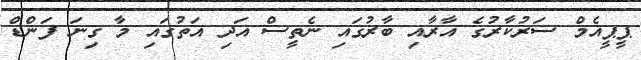
ޕީޕީއެމް ސަރުކާރުގެ އާރާއި ބާރުގައި ނެތީސް އަދި އަތުގައި މާ ގިނަ ފަންޑް